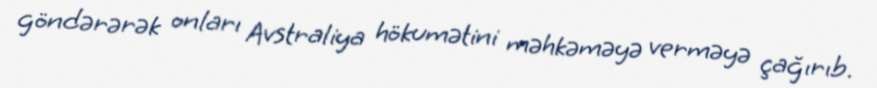
göndərərək onları Avstraliya hökumətini məhkəməyə verməyə çağırıb.